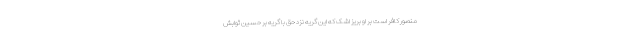
منصور کافر است بر او بریز اشک که این گریه نزد حق با گریه بر حسین ثوابش